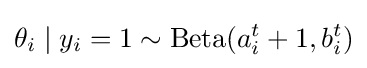
\theta _{i}\mid y_{i}=1\sim \mathrm {Beta} (a_{i}^{t}+1,b_{i}^{t})